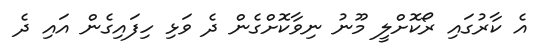
އެ ކާރުގައި ރޯކޮށްލީ މޫނު ނިވާކޮށްގެން ދެ ވަޅި ހިފައިގެން އައި ދެ